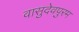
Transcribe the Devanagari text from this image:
वासुदेवपुरम